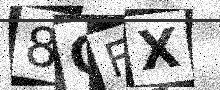
Text: 8QFX